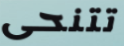
تتنحى